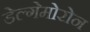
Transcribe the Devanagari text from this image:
डेल्गेमोरोन